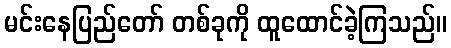
မင်းနေပြည်တော် တစ်ခုကို ထူထောင်ခဲ့ကြသည်။